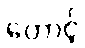
တောင့်